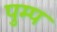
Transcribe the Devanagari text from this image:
पुम्प